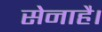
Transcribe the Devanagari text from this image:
सेनाहै।